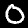
Digit: 0